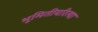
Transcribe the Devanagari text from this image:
भूमितीयरित्या